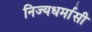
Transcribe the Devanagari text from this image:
निज्यधर्मासी